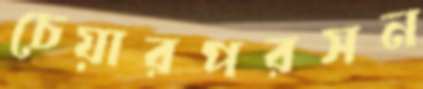
চেয়ারপরসন